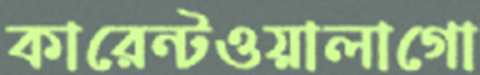
কারেন্টওয়ালাগো